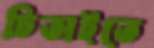
চিতাইতে